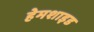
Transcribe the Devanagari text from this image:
हेमशाइड